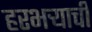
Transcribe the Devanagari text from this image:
हरभऱ्याची